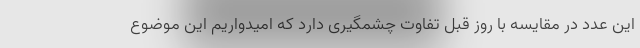
این عدد در مقایسه با روز قبل تفاوت چشمگیری دارد که امیدواریم این موضوع